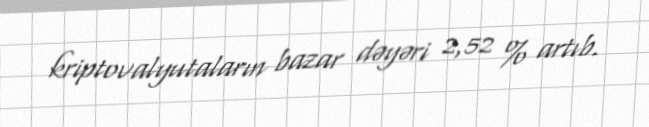
kriptovalyutaların bazar dəyəri 2,52 % artıb.